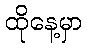
ထိုနေ့မှာ